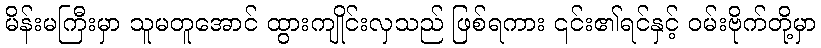
မိန်းမကြီးမှာ သူမတူအောင် ထွားကျိုင်းလှသည် ဖြစ်ရကား ၎င်း၏ရင်နှင့် ဝမ်းဗိုက်တို့မှာ